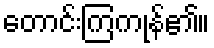
တောင်းကြကုန်၏။